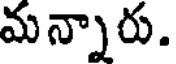
మన్నారు.